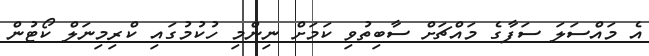
އެ މައްސަލަ ސަފާގެ މައްޗަށް ސާބިތުވި ކަމަށް ނިންމި ހުކުމުގައި ކްރިމިނަލް ކޯޓުން